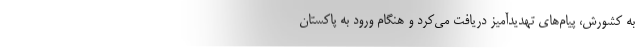
به کشورش، پیام‌های تهدیدآمیز دریافت می‌کرد و هنگام ورود به پاکستان